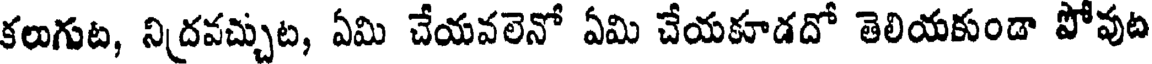
కలుగుట, నిద్రవచ్చుట, ఏమి చేయవలెనో ఏమి చేయకూడదో తెలియకుండా పోవుట